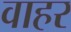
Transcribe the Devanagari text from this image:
वाहर